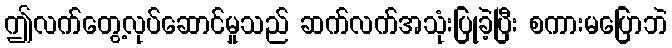
ဤလက်တွေ့လုပ်ဆောင်မှုသည် ဆက်လက်အသုံးပြုခဲ့ပြီး စကားမပြောဘဲ